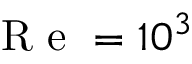
\mathrm { ~ R ~ e ~ } = 1 0 ^ { 3 }